Annual report of the Punjab Veterinary College and of the Civil Veterinary Department, Punjab - 1926-1932
Year: 1926
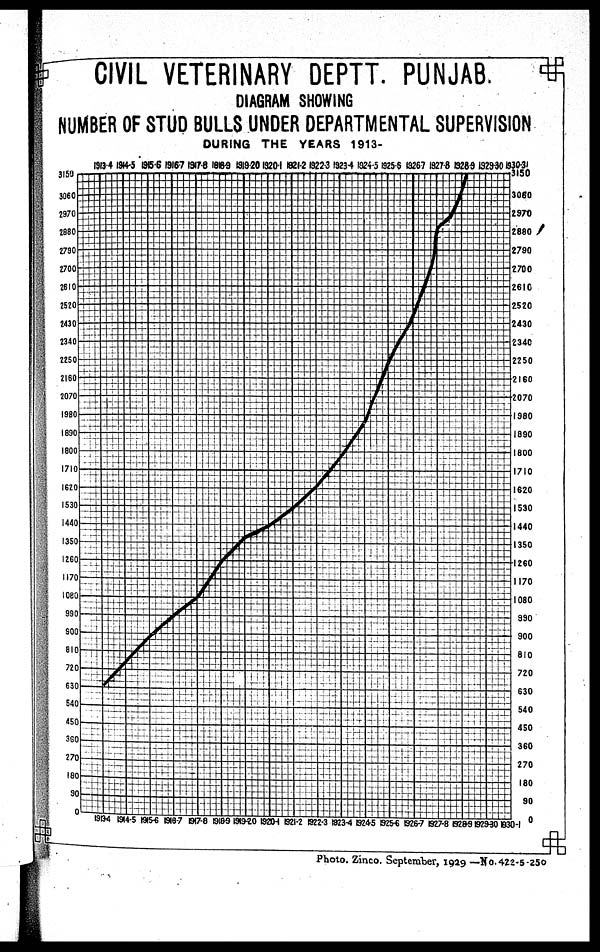
CIVIL VETERINARY DEPTT. PUNJAB.
DIAGRAM SHOWING
NUMBER OF STUD BULLS UNDER DEPARTMENTAL SUPERVISION
DURING THE YEARS 1913-
Photo. Zinco. September, 1929 —No.422-5-250